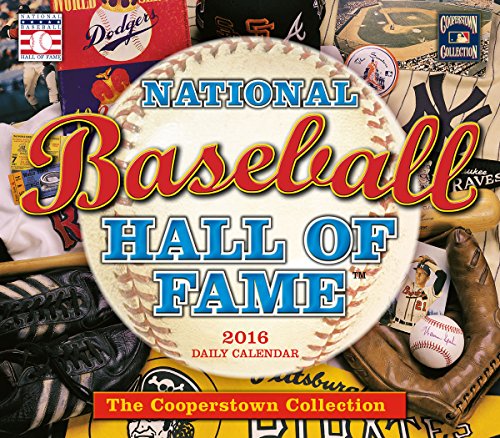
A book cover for Baseball Hall of Fame 2016 Boxed/Daily Calendar; National Baseball Hall of Fame; Calendars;